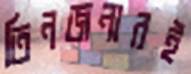
তিনজনারই